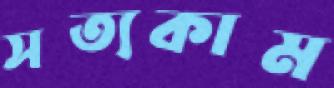
সত্যকাম